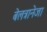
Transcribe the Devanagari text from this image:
बेलत्रानेजा